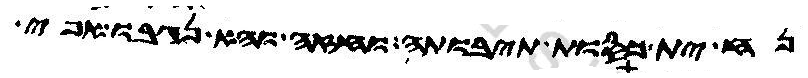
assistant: נח ית כסות תיבותה וחזה והא נגבו אפי